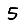
Digit: 5